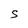
Character: S